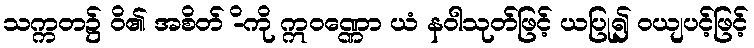
သက္ကတ၌ ဝိ၏ အစိတ် -ိကို ဣဝဏ္ဏော ယံ နဝါသုတ်ဖြင့် ယပြု၍ ဝယျပင့်ဖြင့်